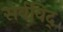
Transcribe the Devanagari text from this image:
सर्वविद्